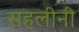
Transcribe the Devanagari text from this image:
सहलीनी